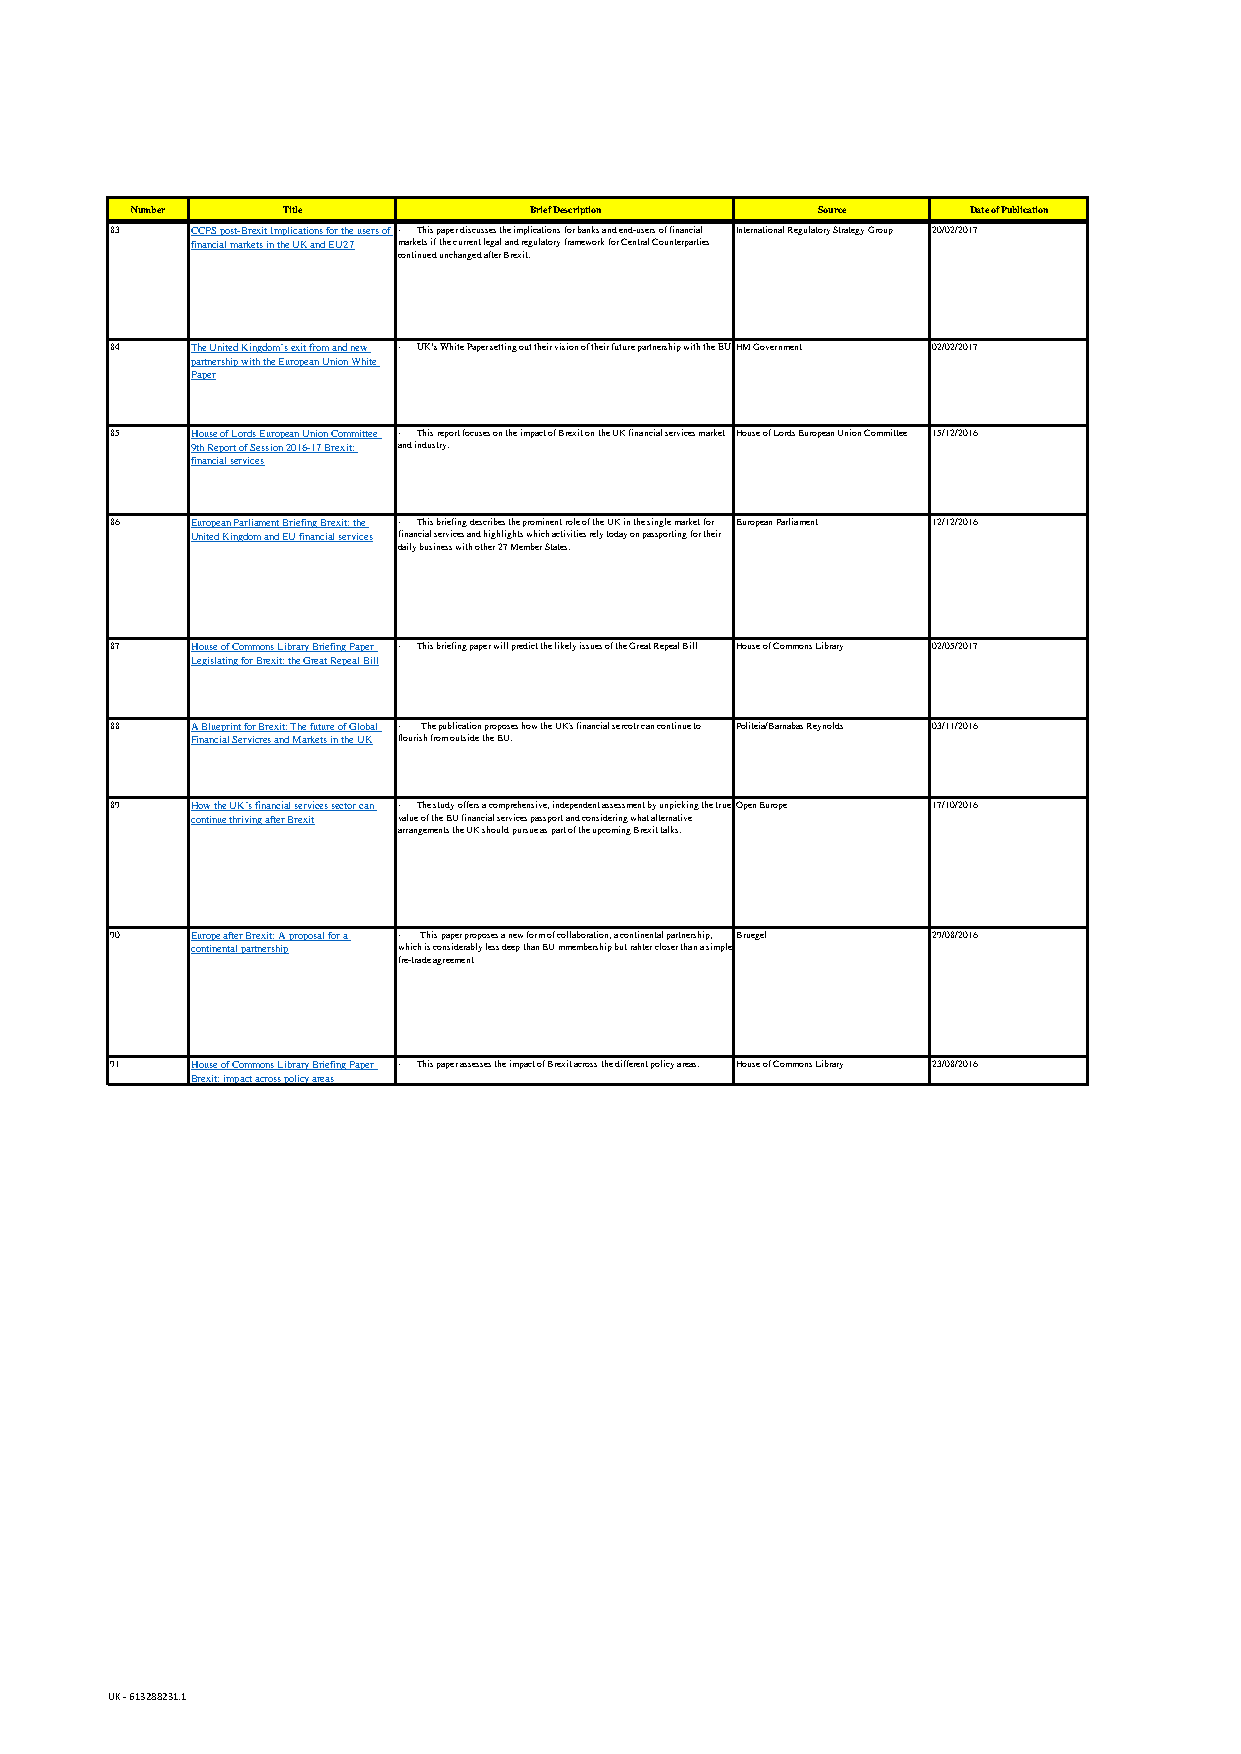
Number    Title           Brief Description  Source    Date of Publication
 83    CCPS post-Brexit Implications for the users of · This paper discusses the implications for banks and end-users of financial International Regulatory Strategy Group 20/02/2017
 financial markets in the UK and EU27 markets if the current legal and regulatory framework for Central Counterparties
 continued unchanged after Brexit.
 84    The United Kingdom’s exit from and new · UK’s White Paper setting out their vision of their future partnership with the EUHM Government 02/02/2017
 partnership with the European Union White
 Paper
 85    House of Lords European Union Committee · This report focuses on the impact of Brexit on the UK financial services market House of Lords European Union Committee 15/12/2016
 9th Report of Session 2016-17 Brexit: and industry.
 financial services
 86    European Parliament Briefing Brexit: the · This briefing describes the prominent role of the UK in the single market for European Parliament 12/12/2016
 United Kingdom and EU financial services financial services and highlights which activities rely today on passporting for their
 daily business with other 27 Member States.
 87    House of Commons Library Briefing Paper · This briefing paper will predict the likely issues of the Great Repeal Bill House of Commons Library 02/05/2017
 Legislating for Brexit: the Great Repeal Bill
 88    A Blueprint for Brexit: The future of Global · The publication proposes how the UK's financial sercotr can continue to Politeia/Barnabas Reynolds 03/11/2016
 Financial Servicres and Markets in the UK flourish from outside the EU.
 89    How the UK’s financial services sector can · The study offers a comprehensive, independent assessment by unpicking the true Open Europe 17/10/2016
 continue thriving after Brexit value of the EU financial services passport and considering what alternative
 arrangements the UK should pursue as part of the upcoming Brexit talks.
 90    Europe after Brexit: A proposal for a · This paper proposes a new form of collaboration, a continental partnership, Bruegel 29/08/2016
 continental partnership which is considerably less deep than EU mmembership but rahter closer than a simple
 fre-trade agreement
 91    House of Commons Library Briefing Paper · This paper assesses the impact of Brexit across the different policy areas. House of Commons Library 23/08/2016
 Brexit: impact across policy areas
 UK - 613288231.1